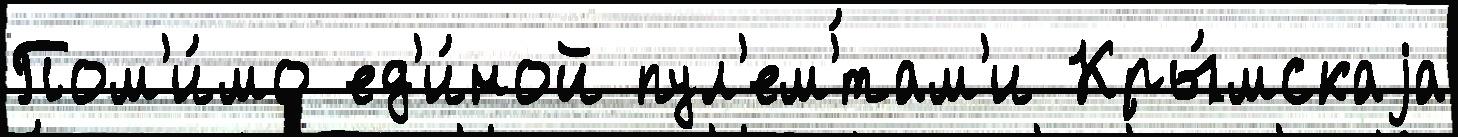
Пом'и́мо ед'и́ной пул'ем'́там'и Кры́мскаjа